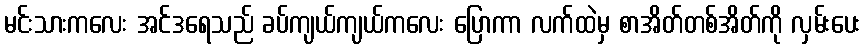
မင်းသားကလေး အင်ဒရေသည် ခပ်ကျယ်ကျယ်ကလေး ပြောကာ လက်ထဲမှ စာအိတ်တစ်အိတ်ကို လှမ်းပေး